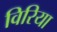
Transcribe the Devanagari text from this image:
विरिया